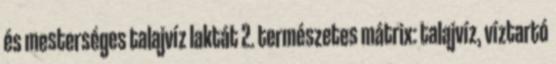
és mesterséges talajvíz laktát 2. természetes mátrix: talajvíz, víztartó